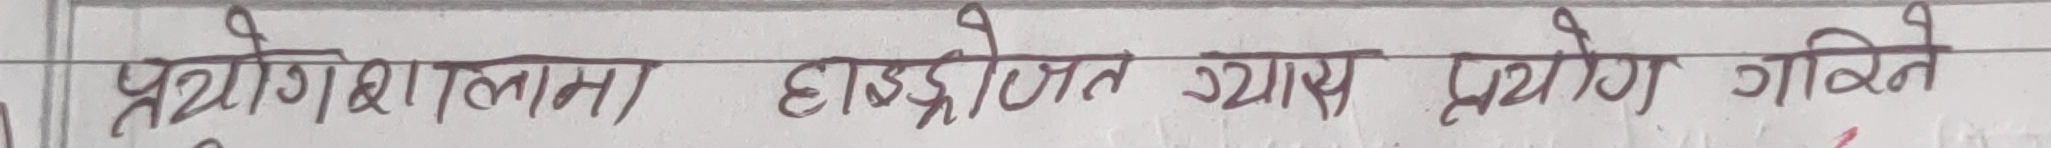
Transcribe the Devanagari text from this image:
प्रयोगशालामा हाइड्रोजन ग्यास प्रयोग गर्ने